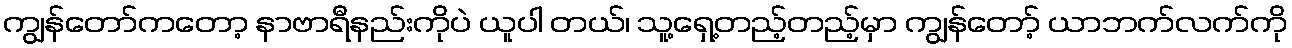
ကျွန်တော်ကတော့ နာဗာရီနည်းကိုပဲ ယူပါ တယ်၊ သူ့ရှေ့တည့်တည့်မှာ ကျွန်တော့် ယာဘက်လက်ကို